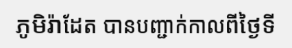
ភូមិរ៉ាដែត បានបញ្ជាក់កាលពីថ្ងៃទី